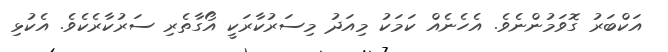
އަކްބަރު ގޮވަމުންނެވެ. އެހެނެއް ކަމަކު މިއަދު މިސަރުކާރަކީ އޯގާތެރި ސަރުކާރެކެވެ. އެކުޅި